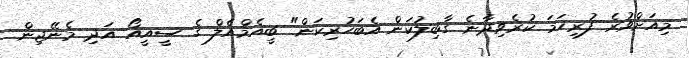
މިއަށްވުރެ ފުރިހަމަ ކުރެވިދާނެ ގާބިލުކަން އެބަހުރިކަން" ބީއެމްއެލް ގެ ސީއީއޯ އަދި މެނޭޖިން